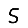
Digit: 5